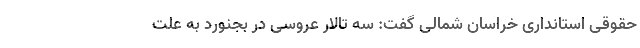
حقوقی استانداری خراسان شمالی گفت: سه تالار عروسی در بجنورد به علت